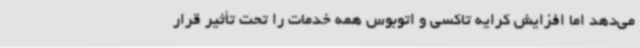
می‌دهد اما افزایش کرایه تاکسی و اتوبوس همه خدمات را تحت تأثیر قرار